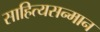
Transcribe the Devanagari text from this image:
साहित्यसन्मान